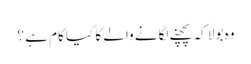
وہ بولا کہ پچھنے لگانے والے کا کیا کام ہے ؟